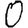
Digit: 0